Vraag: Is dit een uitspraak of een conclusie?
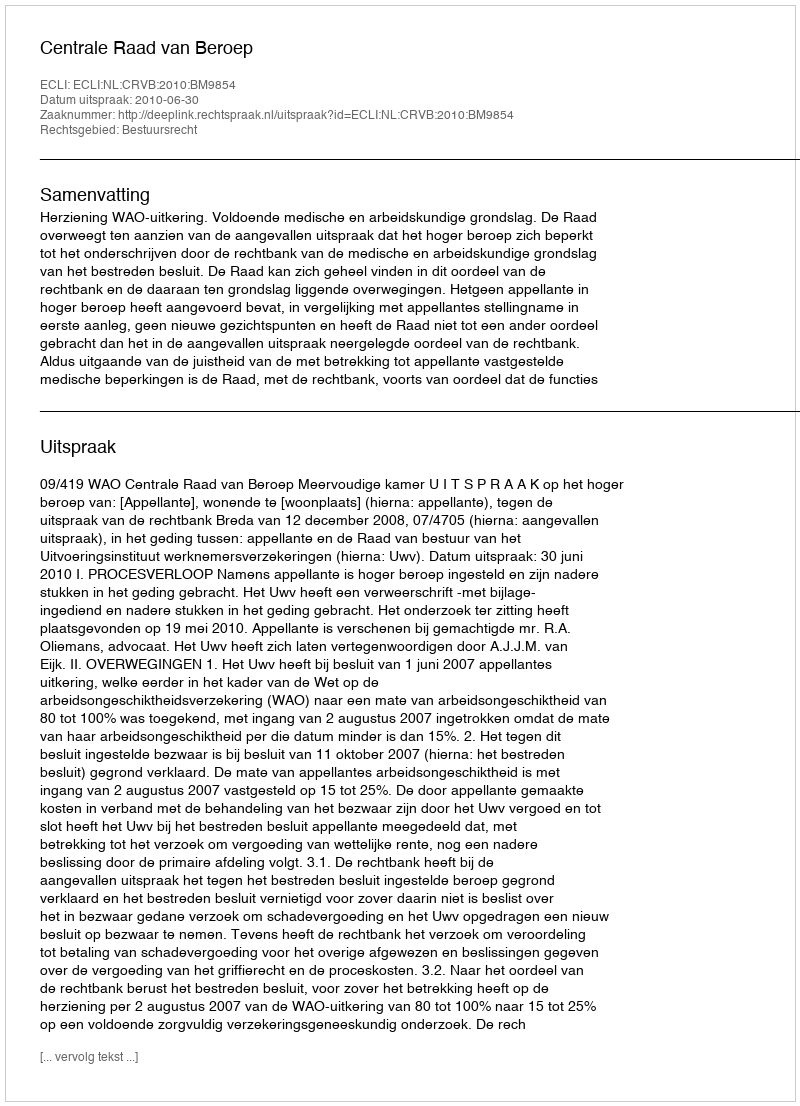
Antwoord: Uitspraak